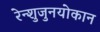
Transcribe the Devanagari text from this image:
रेन्शुजुनयोकान